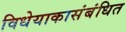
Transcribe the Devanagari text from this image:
विधेयाकासंबंधित